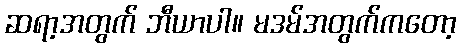
ဆရာ့အတွက် ဘီယာပါ။ မဒမ်အတွက်ကတော့